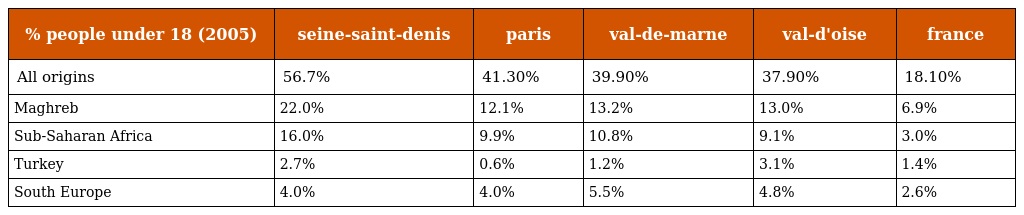
| % people under 18 (2005) | seine-saint-denis | paris | val-de-marne | val-d'oise | france |
 | --- | --- | --- | --- | --- | --- |
 | All origins | 56.7% | 41.30% | 39.90% | 37.90% | 18.10% |
 | Maghreb | 22.0% | 12.1% | 13.2% | 13.0% | 6.9% |
 | Sub-Saharan Africa | 16.0% | 9.9% | 10.8% | 9.1% | 3.0% |
 | Turkey | 2.7% | 0.6% | 1.2% | 3.1% | 1.4% |
 | South Europe | 4.0% | 4.0% | 5.5% | 4.8% | 2.6% |